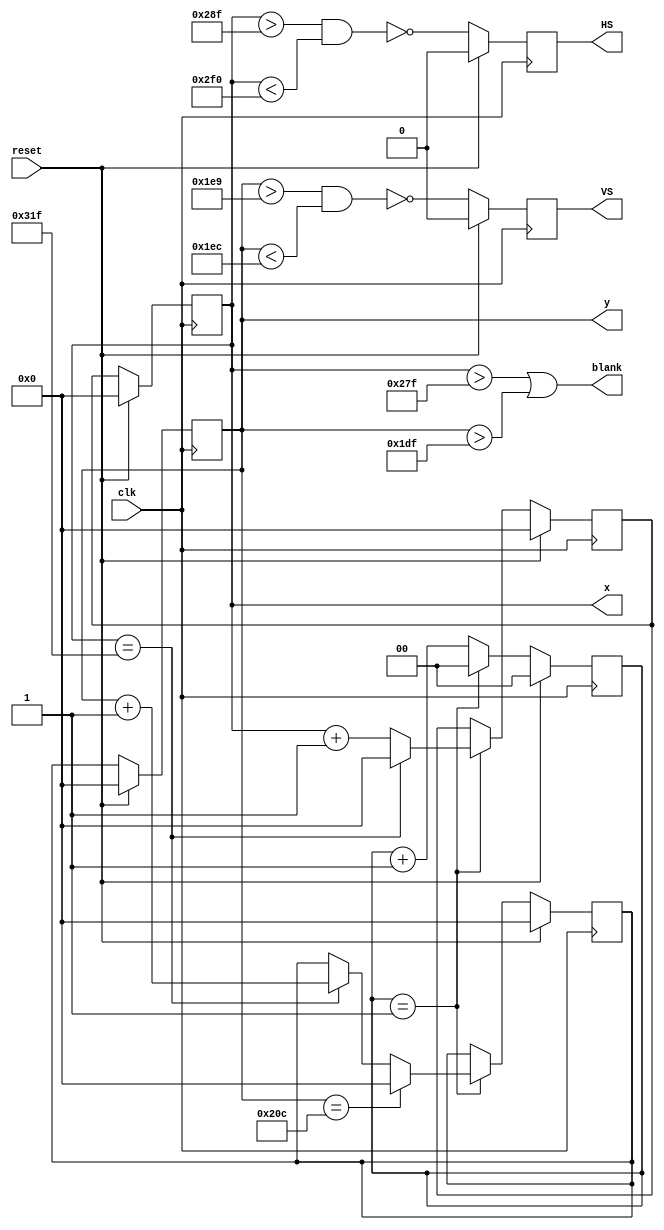
`timescale 1ns / 1ps
//`default_nettype wire

// 640x480 @60Hz
module vga(
	input clk, 		
	input reset,
	output HS, VS,
	output [9:0] x,
	output [9:0] y,
	output blank
	);
	
	// Counter Registers, two each for buffering to avoid glitches
	reg [9:0] xc, yc, xc_next, yc_next;
	reg [1:0] prescaler;
	reg HS_reg;
	reg VS_reg;
	wire HS_next, VS_next;
	
	// Horizontal 640 + fp 16 + HS 96 + bp 48 = 800 pixel clocks
	// Vertical, 480 + fp 10 lines + VS 2 lines + bp 33 lines = 525 lines
	assign blank = ((xc > 639) | (yc > 479));
	assign HS_next = ~ (xc > (655) && xc < (752));
	assign VS_next = ~ ((yc > 489) & (yc < 492));
	
	assign x = xc;
	assign y = yc;
	assign HS = HS_reg;
	assign VS = VS_reg;
	//assign newframe = ((xc == 0) && (yc == 1) && (prescaler == 0));
	//assign endframe = ((xc == 0) && (yc == 480) && (prescaler == 0));
	
	always @(posedge clk) begin
		if (reset) begin
			xc <= 0;
			yc <= 0;
			xc_next <= 0;
			yc_next <= 0;
			prescaler <= 0;
			HS_reg <= 0;
			VS_reg <= 0;
		end
		else begin
			prescaler <= prescaler + 1;
			if (prescaler == 1) begin		// do every 25Mhz, 
				prescaler <= 0;	
				if (xc == 799) begin
					xc_next <= 0;
					yc_next <= yc + 1;
				end else begin
					xc_next <= xc + 1;
				end
				if (yc == 524) begin
					yc_next <= 0;
				end
			end
			xc <= xc_next;
			yc <= yc_next;
			HS_reg <= HS_next;
			VS_reg <= VS_next;
		end
	end
	
endmodule